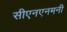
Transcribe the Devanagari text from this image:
सीएनएनमनी